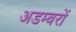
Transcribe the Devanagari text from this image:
अडम्बरों